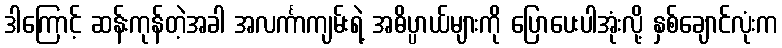
ဒါကြောင့် ဆန်းကုန်တဲ့အခါ အလင်္ကာကျမ်းရဲ့ အဓိပ္ပာယ်များကို ပြောပေးပါအုံးလို့ နှစ်ချောင်လုံးက